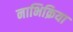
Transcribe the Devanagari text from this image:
नाभिक्रिया